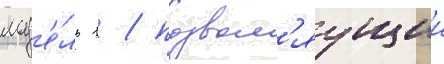
мод'е́ль 1 / позвол'яущии